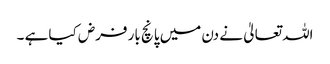
اللہ تعالیٰ نے دن میں پانچ بار فرض کیا ہے ۔